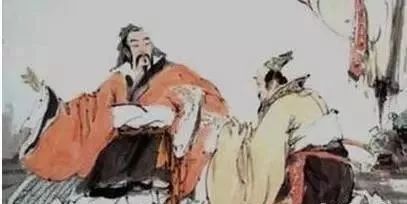
诚者，不勉而中不思而得从容中道，圣人也。